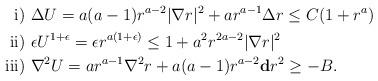
LaTeX: \begin{align*}{\rm i)} & \ \Delta U = a(a-1) r^{a-2} |\nabla r|^2 + a r^{a-1} \Delta r \leq C (1 + r^a) \\{\rm ii)} & \ \epsilon U^{1+\epsilon} = \epsilon r^{a(1+\epsilon)} \leq 1 + a^2 r^{2a-2} |\nabla r|^2 \\{\rm iii)} & \ \nabla^2 U = a r^{a-1} \nabla^2 r + a (a-1) r^{a-2} \mathbf{d}r^2 \geq -B. \end{align*}